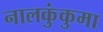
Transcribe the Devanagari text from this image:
नालकुंकुमा